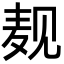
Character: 𪎉